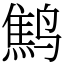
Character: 鹪